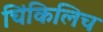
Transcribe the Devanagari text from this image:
चिंकिलिच